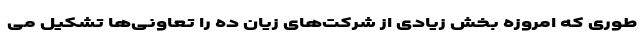
طوری که امروزه بخش زیادی از شرکت‌های زیان ده را تعاونی‌ها تشکیل می